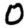
Digit: 0